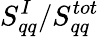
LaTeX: S_{qq}^{I}/S_{qq}^{tot}